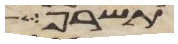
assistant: תשרף